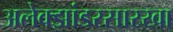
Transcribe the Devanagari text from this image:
अलेक्झांडरसारखा